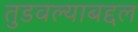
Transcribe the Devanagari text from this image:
तुडवल्याबद्दल